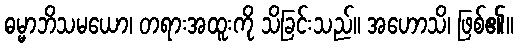
ဓမ္မာဘိသမယော၊ တရားအထူးကို သိခြင်းသည်။ အဟောသိ၊ ဖြစ်၏။